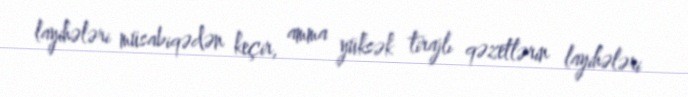
layihələri müsabiqədən keçir, amma yüksək tirajlı qəzetlərin layihələri